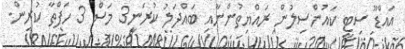
އައްޑޫ ސިޓީ ކައުންސިލުން ރައްޔިތުންނާއި ބައްދަލު ކުރަނީ3 މަސް 3 ހަފްތާ ކުރިން.